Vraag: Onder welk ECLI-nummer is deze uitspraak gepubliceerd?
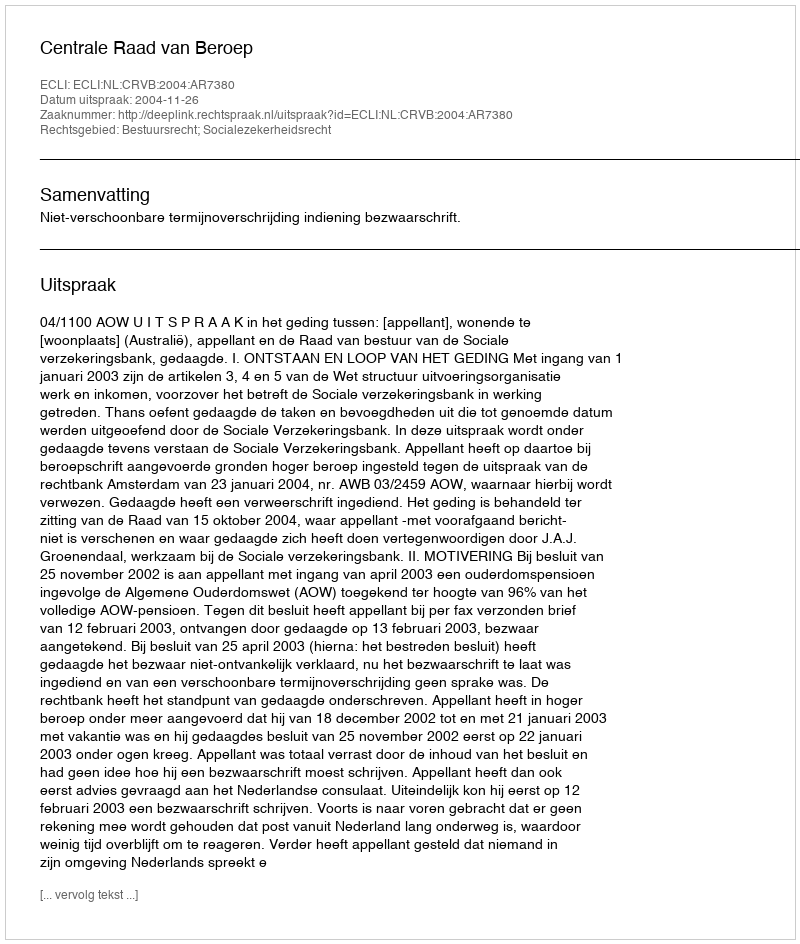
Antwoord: ECLI:NL:CRVB:2004:AR7380